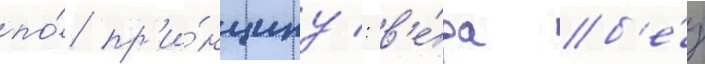
по́ пр'и́нципу: в'е́ра б'е́з